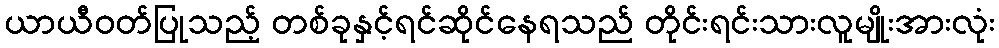
ယာယီဝတ်ပြုသည့် တစ်ခုနှင့်ရင်ဆိုင်နေရသည် တိုင်းရင်းသားလူမျိုးအားလုံး